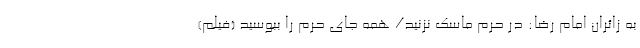
به زائران امام رضا: در حرم ماسک نزنید/ همه جای حرم را ببوسید (فیلم)